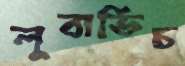
লুবাভিচ